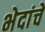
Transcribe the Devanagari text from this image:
भेदांचे